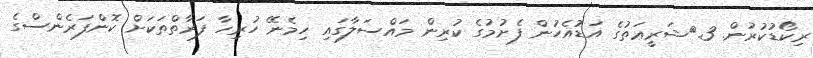
ރިކޯޑުކުރުން. 3.	ޝަރީޢަތުގެ އަޑުއެހުން ފެށުމުގެ ކުރިން މައްސަލާގައި ހިމެނޭ ހުރިހާ ފަރާތްތަކަށް ކޮންފަރެންސްގެ